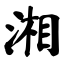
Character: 湘